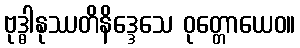
ဗုဒ္ဓါနုဿတိနိဒ္ဒေသေ ဝုတ္တောယေဝ။